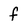
Character: f